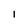
Character: I